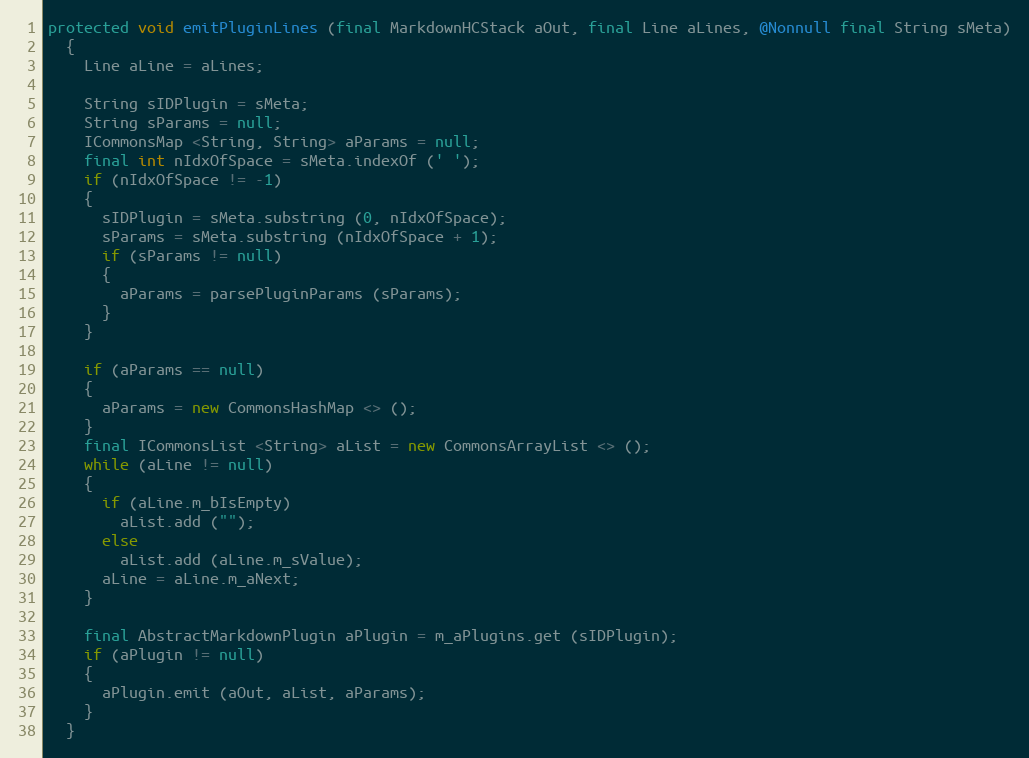
Language: Java
protected void emitPluginLines (final MarkdownHCStack aOut, final Line aLines, @Nonnull final String sMeta)
  {
    Line aLine = aLines;

    String sIDPlugin = sMeta;
    String sParams = null;
    ICommonsMap <String, String> aParams = null;
    final int nIdxOfSpace = sMeta.indexOf (' ');
    if (nIdxOfSpace != -1)
    {
      sIDPlugin = sMeta.substring (0, nIdxOfSpace);
      sParams = sMeta.substring (nIdxOfSpace + 1);
      if (sParams != null)
      {
        aParams = parsePluginParams (sParams);
      }
    }

    if (aParams == null)
    {
      aParams = new CommonsHashMap <> ();
    }
    final ICommonsList <String> aList = new CommonsArrayList <> ();
    while (aLine != null)
    {
      if (aLine.m_bIsEmpty)
        aList.add ("");
      else
        aList.add (aLine.m_sValue);
      aLine = aLine.m_aNext;
    }

    final AbstractMarkdownPlugin aPlugin = m_aPlugins.get (sIDPlugin);
    if (aPlugin != null)
    {
      aPlugin.emit (aOut, aList, aParams);
    }
  }